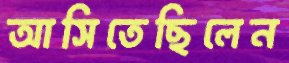
আসিতেছিলেন